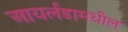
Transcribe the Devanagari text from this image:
आयर्लंडामधील